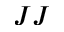
J J